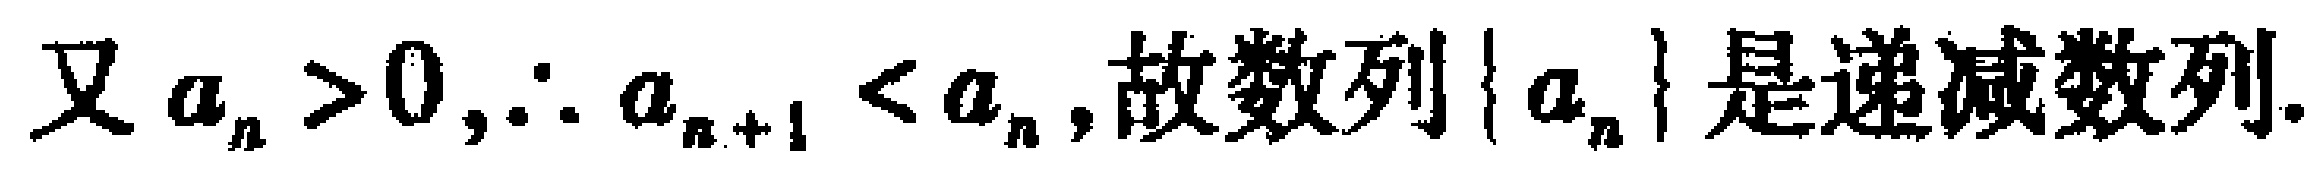
又 \(a_{n}>0,\therefore a_{n + 1}<a_{n},\)故数列\(\{ a_{n}\}\)是递减数列.